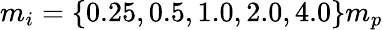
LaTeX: m_{i}=\{ 0.25,0.5,1.0,2.0,4.0\} m_{p}